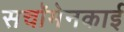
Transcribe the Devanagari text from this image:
सचॉमेनकाई